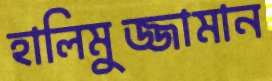
হালিমুজ্জামান